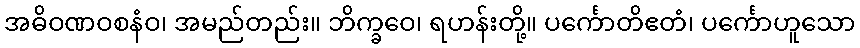
အဓိဝဏဝစနံဝ၊ အမည်တည်း။ ဘိက္ခဝေ၊ ရဟန်းတို့။ ပင်္ကောတိဧတံ၊ ပင်္ကောဟူသော